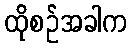
ထိုစဉ်အခါက